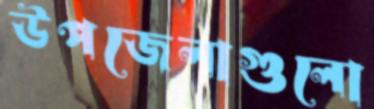
উপজেলাগুলো